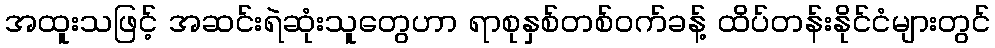
အထူးသဖြင့် အဆင်းရဲဆုံးသူတွေဟာ ရာစုနှစ်တစ်ဝက်ခန့် ထိပ်တန်းနိုင်ငံများတွင်